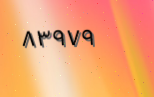
٨٣٩٧٩